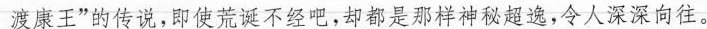
渡康王”的传说，即使荒诞不经吧，却都是那样神秘超逸，令人深深向往。